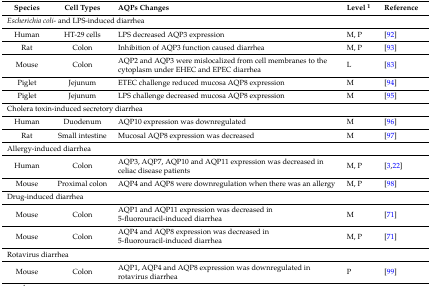
| Species | Cell Types | AQPs Changes | Level 1 | Reference |
 | --- | --- | --- | --- | --- |
 | <COLSPAN=5> Escherichia coli- and LPS-induced diarrhea |
 | Human | HT-29 cells | LPS decreased AQP3 expression | M, P | [92] |
 | Rat | Colon | Inhibition of AQP3 function caused diarrhea | M, P | [93] |
 | Mouse | Colon | AQP2 and AQP3 were mislocalized from cell membranes to the cytoplasm under EHEC and EPEC diarrhea | L | [83] |
 | Piglet | Jejunum | ETEC challenge reduced mucosa AQP8 expression | M | [94] |
 | Piglet | Jejunum | LPS challenge decreased mucosa AQP8 expression | M | [95] |
 | <COLSPAN=5> Cholera toxin-induced secretory diarrhea |
 | Human | Duodenum | AQP10 expression was downregulated | M | [96] |
 | Rat | Small intestine | Mucosal AQP8 expression was decreased | M | [97] |
 | <COLSPAN=5> Allergy-induced diarrhea |
 | Human | Colon | AQP3, AQP7, AQP10 and AQP11 expression was decreased in celiac disease patients | M, P | [3,22] |
 | Mouse | Proximal colon | AQP4 and AQP8 were downregulation when there was an allergy | M, P | [98] |
 | <COLSPAN=5> Drug-induced diarrhea |
 | Mouse | Colon | AQP1 and AQP11 expression was decreased in 5-fluorouracil-induced diarrhea | M | [71] |
 | Mouse | Colon | AQP4 and AQP8 expression was decreased in 5-fluorouracil-induced diarrhea | M, P | [71] |
 | <COLSPAN=2> Rotavirus diarrhea |  |  |  |
 | Mouse | Colon | AQP1, AQP4 and AQP8 expression was downregulated in rotavirus diarrhea | P | [99] |